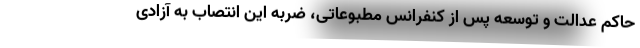
حاکم عدالت و توسعه پس از کنفرانس مطبوعاتی، ضربه این انتصاب به آزادی